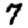
Digit: 7